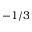
- 1 / 3